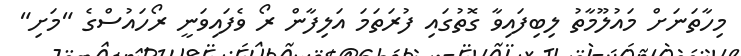
މިހާތަނަށް މައުލޫމާތު ލިބިފައިވާ ގޮތުގައި ފުރަތަމަ އަލިފާން ރޯ ވެފައިވަނީ ރޯހައުސްގެ "މަށި"